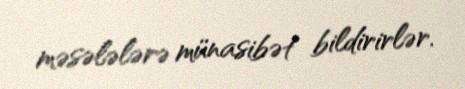
məsələlərə münasibət bildirirlər.